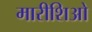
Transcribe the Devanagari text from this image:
मारीशिओ